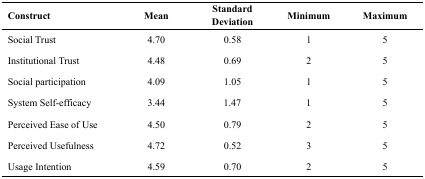
<table><thead><tr><td><b>Construct</b></td><td><b>Mean</b></td><td><b>Standard Deviation</b></td><td><b>Minimum</b></td><td><b>Maximum</b></td></tr></thead><tbody><tr><td>Social Trust</td><td>4.70</td><td>0.58</td><td>1</td><td>5</td></tr><tr><td>Institutional Trust</td><td>4.48</td><td>0.69</td><td>2</td><td>5</td></tr><tr><td>Social participation</td><td>4.09</td><td>1.05</td><td>1</td><td>5</td></tr><tr><td>System Self-efficacy</td><td>3.44</td><td>1.47</td><td>1</td><td>5</td></tr><tr><td>Perceived Ease of Use</td><td>4.50</td><td>0.79</td><td>2</td><td>5</td></tr><tr><td>Perceived Usefulness</td><td>4.72</td><td>0.52</td><td>3</td><td>5</td></tr><tr><td>Usage Intention</td><td>4.59</td><td>0.70</td><td>2</td><td>5</td></tr></tbody></table>